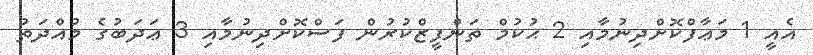
އެއީ 1 މަޢާފްކޮށްދިނުމާއި 2 ޙުކުމް ތަންފީޒްކުރުން ފަސްކޮށްދިނުމާއި 3 ޢަދަބުގެ މުއްދަތު